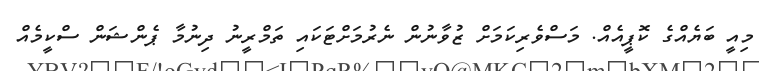
މިއީ ބަޔެއްގެ ކޮޕީއެއް. މަސްވެރިކަމަށް ޒުވާނުން ނެރުމަށްޓަކައި ތަމްރީނު ދިނުމާ ޕެންޝަން ސްކީމެއް